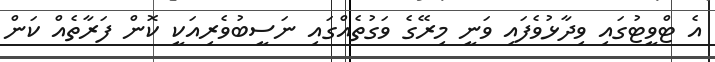
އެ ޓްވީޓުގައި ވިދާޅުވެފައި ވަނީ މިރޭގެ ވަގުތެއްގައި ނަސީބުވެރިއަކީ ކޮން ފަރާތެއް ކަން